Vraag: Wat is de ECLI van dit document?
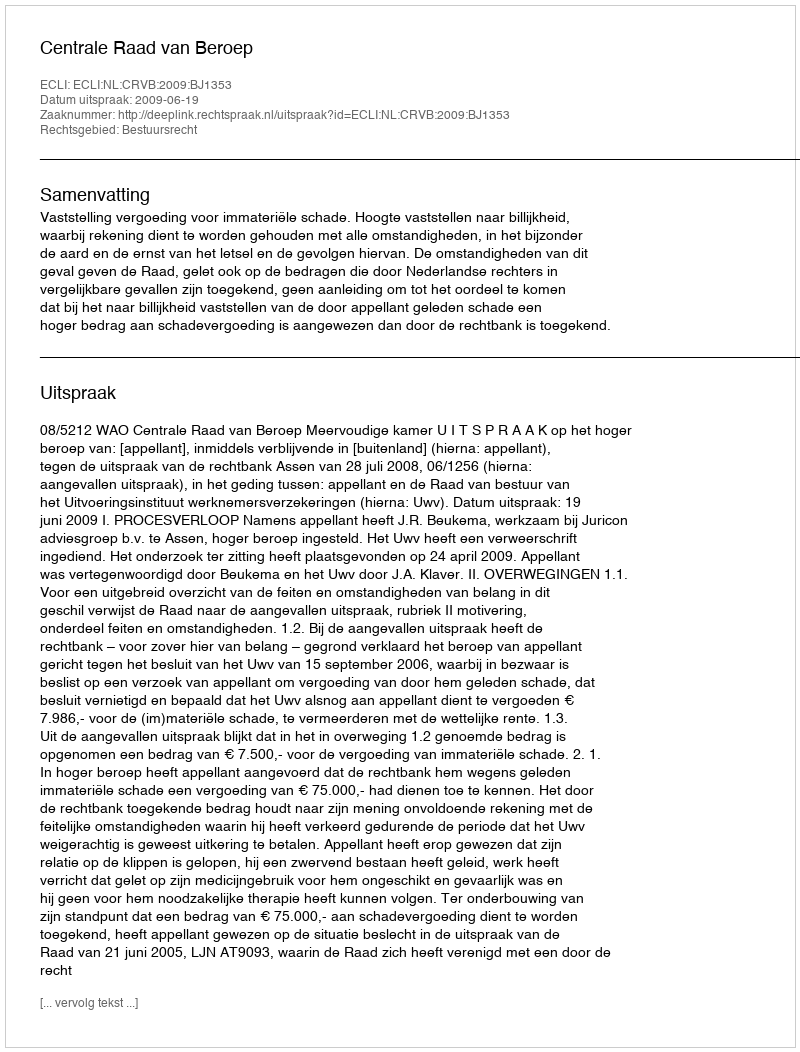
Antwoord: ECLI:NL:CRVB:2009:BJ1353